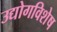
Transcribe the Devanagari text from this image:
उद्योगविशेष